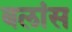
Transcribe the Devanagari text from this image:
बलांस